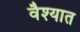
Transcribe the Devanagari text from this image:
वैश्यात